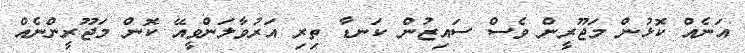
އަނެއް ކޮޅުން މަޖޫރީން ވެސް ސައިޒުން ކަނޑާ ތިރި އަރުވާލަންވީއޭ ކޮން މަޖޫރީންނެއް